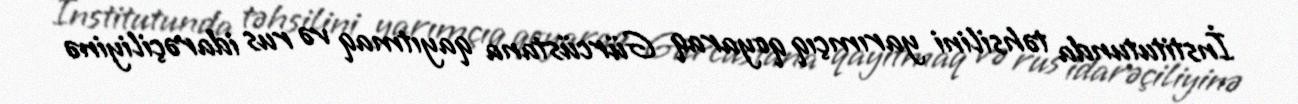
İnstitutunda təhsilini yarımçıq qoyaraq Gürcüstana qayıtmaq və rus idarəçiliyinə